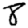
Digit: 8